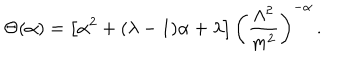
\Theta ( \alpha ) = \left[ \alpha ^ { 2 } + ( \lambda - 1 ) \alpha + \lambda \right] { \left( \frac { \Lambda ^ { 2 } } { m ^ { 2 } } \right) } ^ { - \alpha } \, .